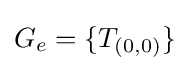
G_{e}=\{T_{(0,0)}\}